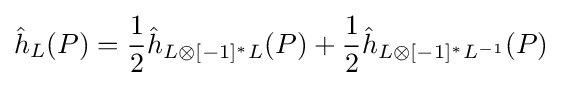
{\hat {h}}_{L}(P)={\frac {1}{2}}{\hat {h}}_{L\otimes [-1]^{*}L}(P)+{\frac {1}{2}}{\hat {h}}_{L\otimes [-1]^{*}L^{-1}}(P)